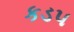
કડપ